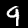
Digit: 9